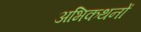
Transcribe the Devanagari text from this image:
अभिकथनों